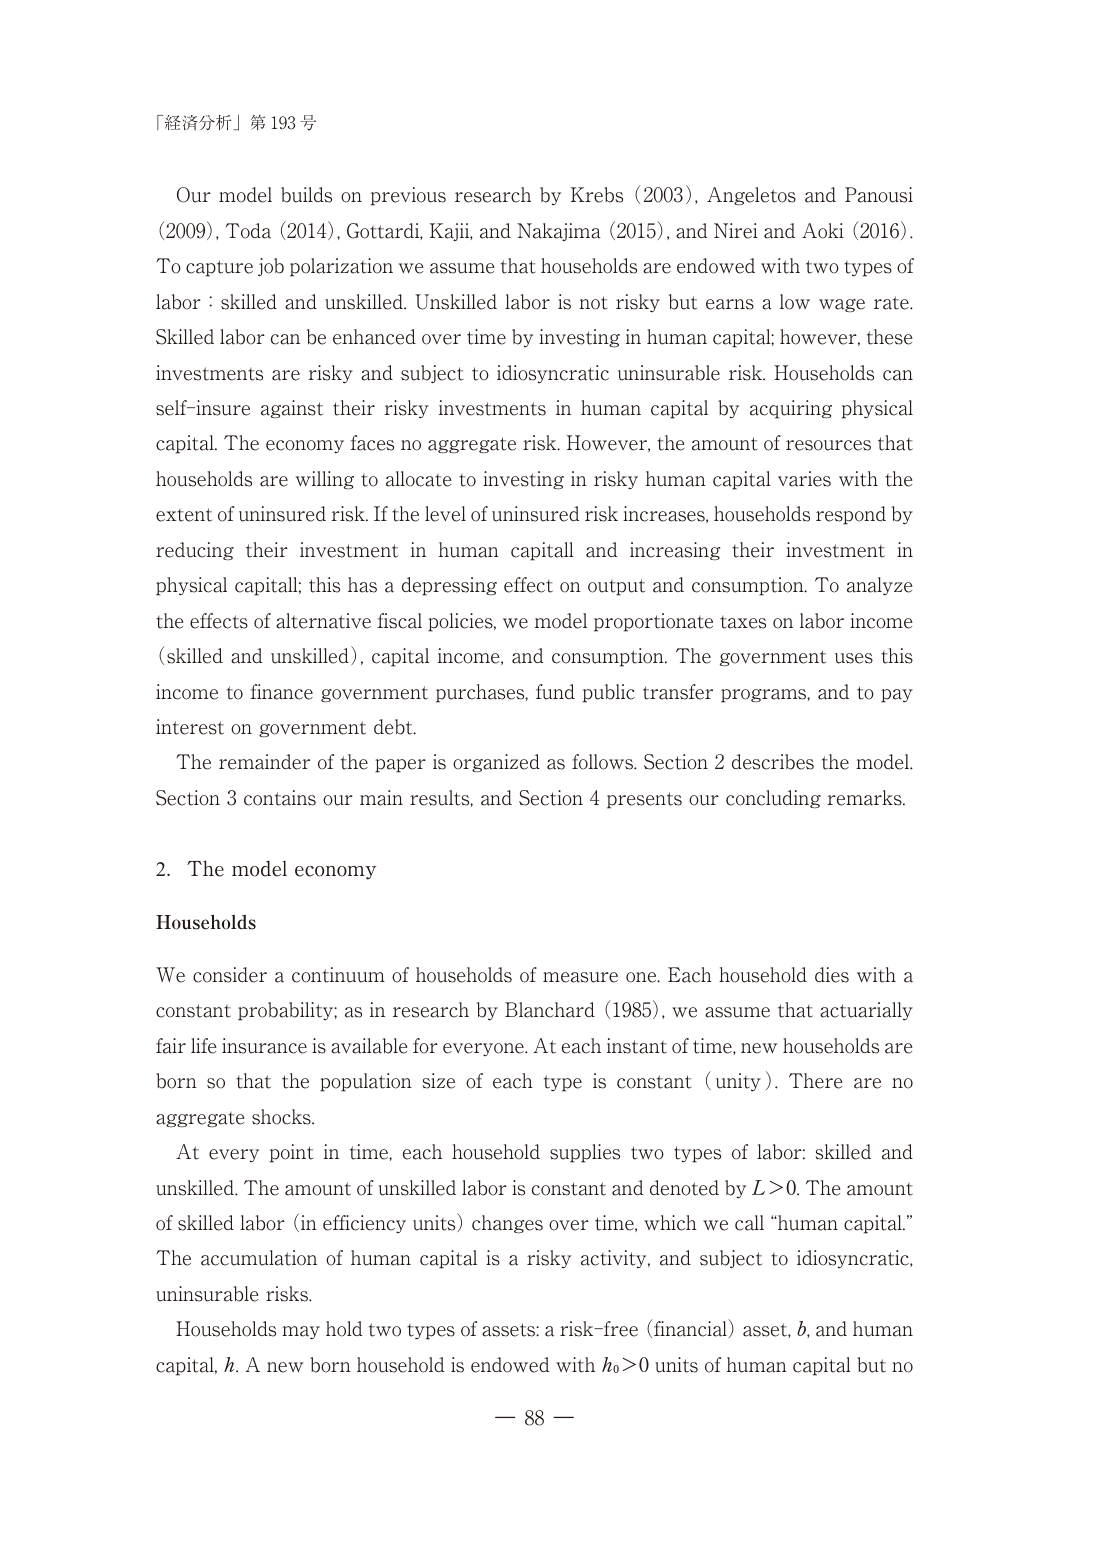
「経済分析」第193号

Our model builds on previous research by Krebs (2003), Angeletos and Panousi (2009), Toda (2014), Gottardi, Kaji, and Nakajima (2015), and Nirei and Aoki (2016). To capture job polarization we assume that households are endowed with two types of labor: skilled and unskilled. Unskilled labor is not risky but earns a low wage rate. Skilled labor can be enhanced over time by investing in human capital; however, these investments are risky and subject to idiosyncratic uninsurable risk. Households can self-insure against their risky investments in human capital by acquiring physical capital. The economy faces no aggregate risk. However, the amount of resources that households are willing to allocate to investing in risky human capital varies with the extent of uninsured risk. If the level of uninsured risk increases, households respond by reducing their investment in human capital and increasing their investment in physical capital; this has a depressing effect on output and consumption. To analyze the effects of alternative fiscal policies, we model proportionate taxes on labor income (skilled and unskilled), capital income, and consumption. The government uses this income to finance government purchases, fund public transfer programs, and to pay interest on government debt.

The remainder of the paper is organized as follows. Section 2 describes the model. Section 3 contains our main results, and Section 4 presents our concluding remarks.

2. The model economy

Households

We consider a continuum of households of measure one. Each household dies with a constant probability; as in research by Blanchard (1985), we assume that actuarially fair life insurance is available for everyone. At each instant of time, new households are born so that the population size of each type is constant (unity). There are no aggregate shocks.

At every point in time, each household supplies two types of labor: skilled and unskilled. The amount of unskilled labor is constant and denoted by L>0. The amount of skilled labor (in efficiency units) changes over time, which we call “human capital.” The accumulation of human capital is a risky activity, and subject to idiosyncratic, uninsurable risks.

Households may hold two types of assets: a risk-free (financial) asset, b, and human capital, h. A new born household is endowed with h₀>0 units of human capital but no

— 88 —